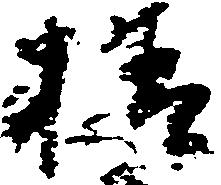
様